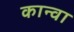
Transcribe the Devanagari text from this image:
कान्वा